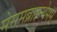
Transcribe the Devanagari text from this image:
मेसमब्राइन्थेमम